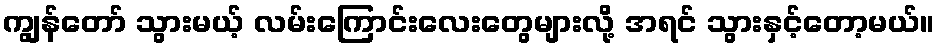
ကျွန်တော် သွားမယ့် လမ်းကြောင်းလေးတွေများလို့ အရင် သွားနှင့်တော့မယ်။